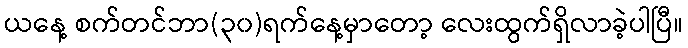
ယနေ့ စက်တင်ဘာ(၃၀)ရက်နေ့မှာတော့ လေးထွက်ရှိလာခဲ့ပါပြီ။